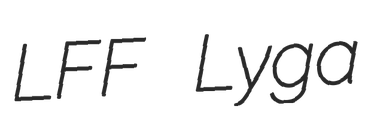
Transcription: LFF Lyga